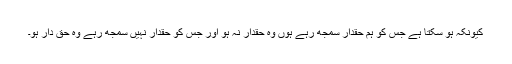
کیونکہ ہو سکتا ہے جس کو ہم حقدار سمجھ رہے ہوں وہ حقدار نہ ہو اور جس کو حقدار نہیں سمجھ رہے وہ حق دار ہو۔